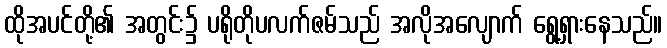
ထိုအပင်တို့၏ အတွင်း၌ ပရိုတိုပလက်ဇမ်သည် အလိုအလျောက် ရွေ့ရှားနေသည်။